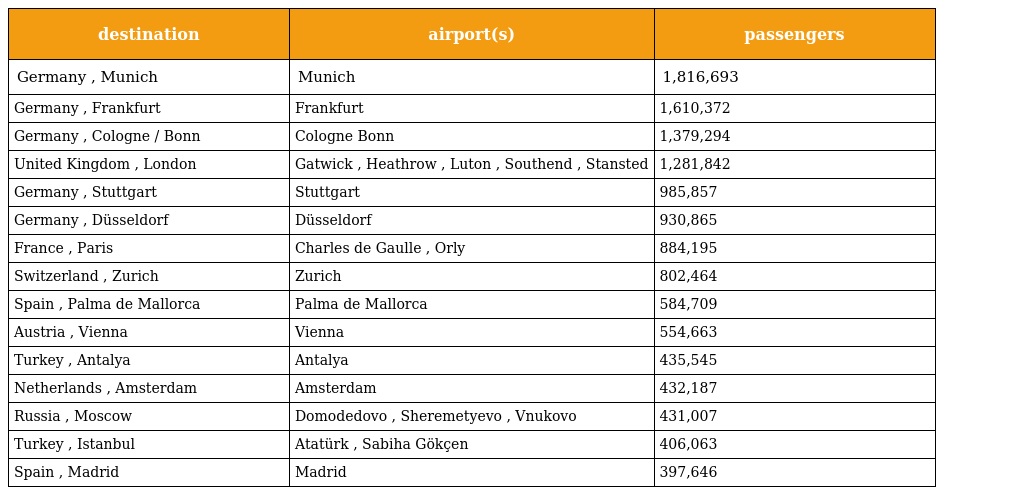
| destination | airport(s) | passengers |
 | --- | --- | --- |
 | Germany , Munich | Munich | 1,816,693 |
 | Germany , Frankfurt | Frankfurt | 1,610,372 |
 | Germany , Cologne / Bonn | Cologne Bonn | 1,379,294 |
 | United Kingdom , London | Gatwick , Heathrow , Luton , Southend , Stansted | 1,281,842 |
 | Germany , Stuttgart | Stuttgart | 985,857 |
 | Germany , Düsseldorf | Düsseldorf | 930,865 |
 | France , Paris | Charles de Gaulle , Orly | 884,195 |
 | Switzerland , Zurich | Zurich | 802,464 |
 | Spain , Palma de Mallorca | Palma de Mallorca | 584,709 |
 | Austria , Vienna | Vienna | 554,663 |
 | Turkey , Antalya | Antalya | 435,545 |
 | Netherlands , Amsterdam | Amsterdam | 432,187 |
 | Russia , Moscow | Domodedovo , Sheremetyevo , Vnukovo | 431,007 |
 | Turkey , Istanbul | Atatürk , Sabiha Gökçen | 406,063 |
 | Spain , Madrid | Madrid | 397,646 |